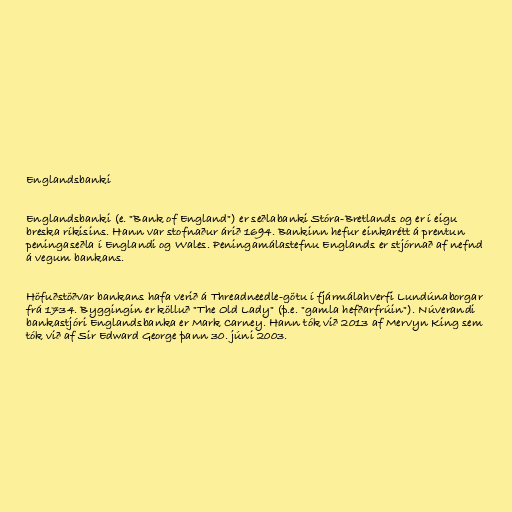
Englandsbanki

Englandsbanki (e. "Bank of England") er seðlabanki Stóra-Bretlands og er í eigu
breska ríkisins. Hann var stofnaður árið 1694. Bankinn hefur einkarétt á prentun
peningaseðla í Englandi og Wales. Peningamálastefnu Englands er stjórnað af nefnd
á vegum bankans.

Höfuðstöðvar bankans hafa verið á Threadneedle-götu í fjármálahverfi Lundúnaborgar
frá 1734. Byggingin er kölluð "The Old Lady" (þ.e. "gamla hefðarfrúin"). Núverandi
bankastjóri Englandsbanka er Mark Carney. Hann tók við 2013 af Mervyn King sem
tók við af Sir Edward George þann 30. júni 2003.